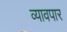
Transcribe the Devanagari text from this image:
व्यावपार